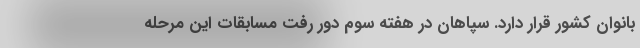
بانوان کشور قرار دارد. سپاهان در هفته سوم دور رفت مسابقات این مرحله